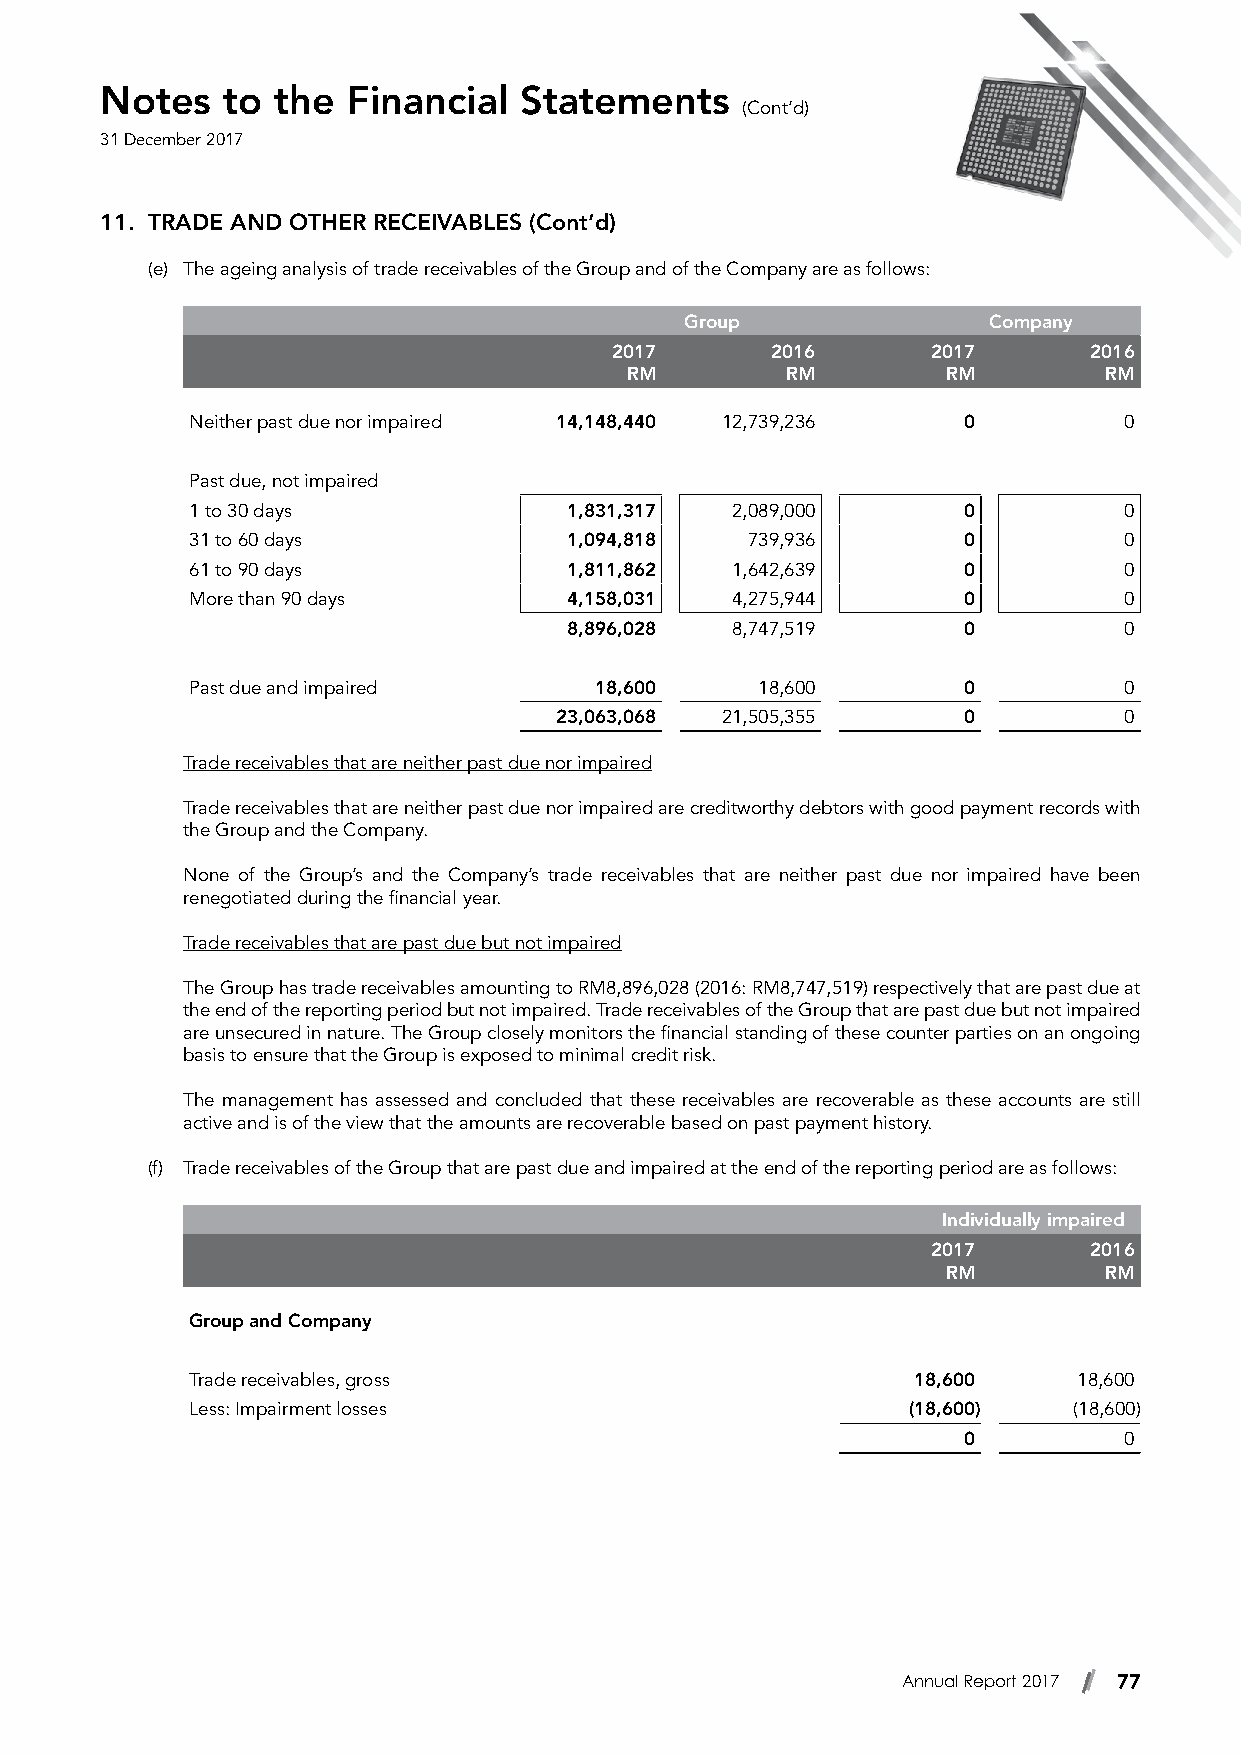
Notes   to the  Financial  Statements
 (Cont’d)
 31 December 2017
 11. TRADE AND OTHER RECEIVABLES (Cont’d)
 (e) The ageing analysis of trade receivables of the Group and of the Company are as follows:
 Group               Company
 2017       2016       2017      2016
 RM         RM         RM        RM
 Neither past due nor impaired 14,148,440 12,739,236 0        0
 Past due, not impaired
 1 to 30 days             1,831,317 2,089,000       0         0
 31 to 60 days            1,094,818  739,936        0         0
 61 to 90 days            1,811,862 1,642,639       0         0
 More than 90 days        4,158,031 4,275,944       0         0
 8,896,028 8,747,519       0         0
 Past due and impaired     18,600     18,600        0         0
 23,063,068 21,505,355      0         0
 Trade receivables that are neither past due nor impaired
 Trade receivables that are neither past due nor impaired are creditworthy debtors with good payment records with
 the Group and the Company.
 None of the Group’s and the Company’s trade receivables that are neither past due nor impaired have been
 renegotiated during the financial year.
 Trade receivables that are past due but not impaired
 The Group has trade receivables amounting to RM8,896,028 (2016: RM8,747,519) respectively that are past due at
 the end of the reporting period but not impaired. Trade receivables of the Group that are past due but not impaired
 are unsecured in nature. The Group closely monitors the financial standing of these counter parties on an ongoing
 basis to ensure that the Group is exposed to minimal credit risk.
 The management has assessed and concluded that these receivables are recoverable as these accounts are still
 active and is of the view that the amounts are recoverable based on past payment history.
 (f) Trade receivables of the Group that are past due and impaired at the end of the reporting period are as follows:
 Individually impaired
 2017      2016
 RM        RM
 Group and Company
 Trade receivables, gross                       18,600     18,600
 Less: Impairment losses                        (18,600)   (18,600)
 0         0
 Annual Report 2017 77